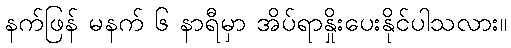
နက်ဖြန် မနက် ၆ နာရီမှာ အိပ်ရာနှိုးပေးနိုင်ပါသလား။